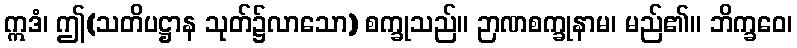
ဣဒံ၊ ဤ(သတိပဋ္ဌာန သုတ်၌လာသော) စက္ခုသည်။ ဉာဏစက္ခုနာမ၊ မည်၏။ ဘိက္ခဝေ၊